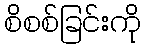
စိစစ်ခြင်းကို